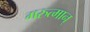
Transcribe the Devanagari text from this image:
गरुत्मान्